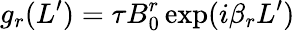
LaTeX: g_{r}(L^{\prime})=\tau B_{0}^{r}\exp(i\beta_{r}L^{\prime})